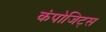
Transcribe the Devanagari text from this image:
कंपोजिट्स